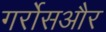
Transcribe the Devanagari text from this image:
गर्रोसऔर